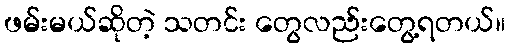
ဖမ်းမယ်ဆိုတဲ့ သတင်း တွေလည်းတွေ့ရတယ်။